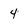
Character: 4